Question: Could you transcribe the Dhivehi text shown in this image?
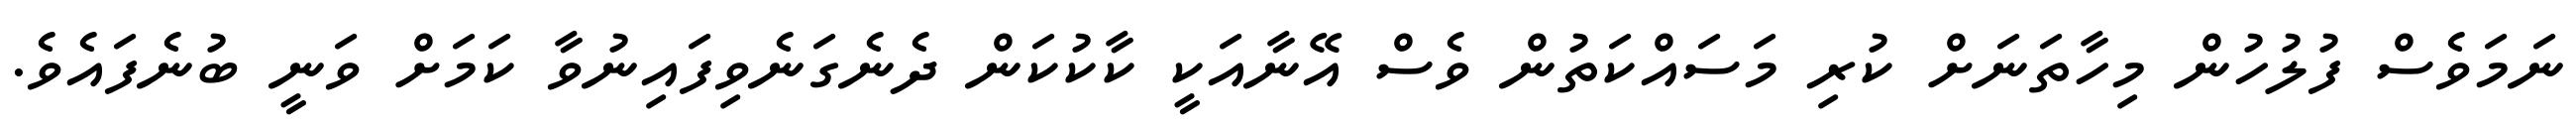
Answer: ނަމަވެސް ފުލުހުން މިހާތަނަށް ކުރި މަސައްކަތުން ވެސް އޭނާއަކީ ކާކުކަން ދެނެގަނެވިފައިނުވާ ކަމަށް ވަނީ ބުނެފައެވެ.